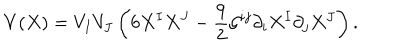
LaTeX: V ( X ) = V _ { I } V _ { J } \left( 6 X ^ { I } X ^ { J } - \frac { 9 } { 2 } \mathcal { G } ^ { i j } \partial _ { i } X ^ { I } \partial _ { j } X ^ { J } \right) .